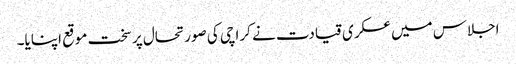
اجلاس میں عسکری قیادت نے کراچی کی صورتحال پر سخت موقع اپنایا۔